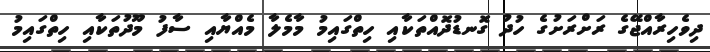
ދިވެހިރާއްޖޭގެ ރަށްރަށުގެ ހުދު ގޮނޑުދޮއްތަކާއި ހިތްގައިމު މާމެލާ މެއްޔާއި ސާފު މޫދުތަކާއި ހިތްގައިމު